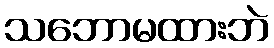
သဘောမထားဘဲ